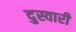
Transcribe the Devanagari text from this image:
दुस्वारी